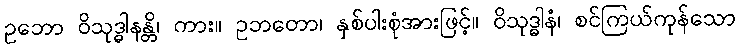
ဥဘော ဝိသုဒ္ဓါနန္တိ၊ ကား။ ဥဘတော၊ နှစ်ပါးစုံအားဖြင့်။ ဝိသုဒ္ဓါနံ၊ စင်ကြယ်ကုန်သော